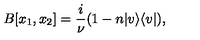
B [ x _ { 1 } , x _ { 2 } ] = \frac { i } { \nu } ( 1 - n | v \rangle \langle v | ) ,